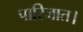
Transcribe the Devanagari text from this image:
पारिजात।